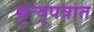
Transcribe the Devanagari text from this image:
म्रुत्यूपत्रात